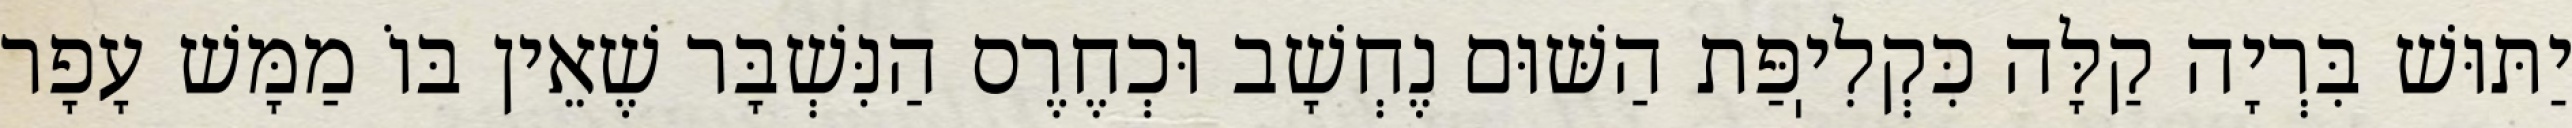
יַתּוּשׁ בִּרְיָה קַלָּה כִּקְלִיֽפַּת הַשּׁוּם נֶחְשָׁב וּכְחֶרֶס הַנִּשְׁבָּר שֶׁאֵין בּוֹ מַמָּשׁ עָפָר